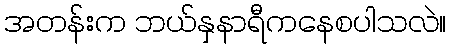
အတန်းက ဘယ်နှနာရီကနေစပါသလဲ။